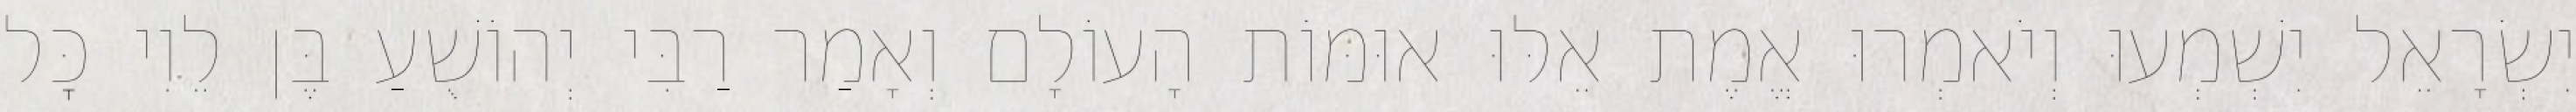
יִשְׂרָאֵל יִשְׁמְעוּ וְיֹאמְרוּ אֱמֶת אֵלּוּ אוּמּוֹת הָעוֹלָם וְאָמַר רַבִּי יְהוֹשֻׁעַ בֶּן לֵוִי כׇּל